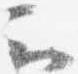
云